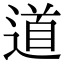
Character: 道